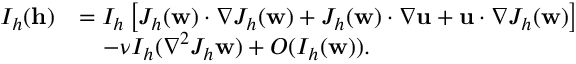
\begin{array} { r l } { I _ { h } ( \mathbf { h } ) } & { = I _ { h } \left[ J _ { h } ( \mathbf { w } ) \cdotp \nabla J _ { h } ( \mathbf { w } ) + J _ { h } ( \mathbf { w } ) \cdotp \nabla \mathbf { u } + \mathbf { u } \cdotp \nabla J _ { h } ( \mathbf { w } ) \right] } \\ & { \quad - \nu I _ { h } ( \nabla ^ { 2 } J _ { h } \mathbf { w } ) + O ( I _ { h } ( \mathbf { w } ) ) . } \end{array}